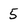
Character: 5